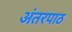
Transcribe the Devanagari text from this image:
अंतरपाठ